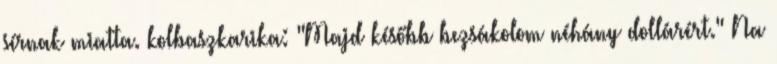
sírnak miatta. kolbaszkarika: "Majd később bezsákolom néhány dollárért." Na